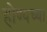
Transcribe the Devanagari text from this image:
होण्यच्या